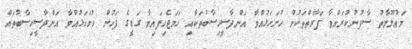
މަޢުލޫމާތު ސާފުނުކުރައްވާ ފަރާތްތަކުން ހުށަހަޅުއްވާ އަންދާސީހިސާބުތަކާއި ހަމަޖެހިފައިވާ ގަޑީގެ ފަހުން ހުށަހަޅުއްވާ އަންދާސީހިސާބުތައް